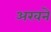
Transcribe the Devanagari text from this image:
अखने